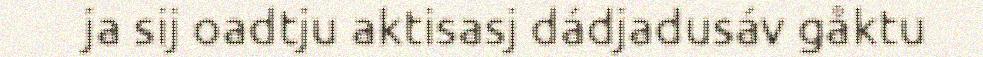
ja sij oadtju aktisasj dádjadusáv gåktu